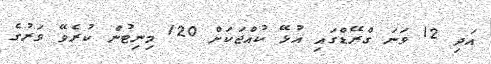
އަދި 12 ވަނަ ގްރޭޑްގައި އުޅޭ ކުއްޖަކަށް 120 މިނިޓުން ކުރެވޭ ވަރުގެ